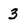
Character: 3